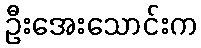
ဦးအေးသောင်းက